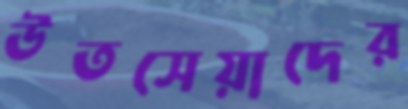
উতসেয়াদের